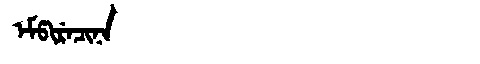
Manchu: ᡝᠮᡦᡳᡵᡝᠴᡳᠨᠠ
Romanization: EMPIRECINA